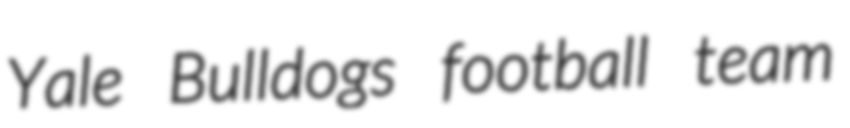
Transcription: Yale Bulldogs football team